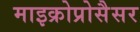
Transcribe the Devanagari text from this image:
माइक्रोप्रोसैसर